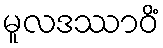
မူလဒဿာဝိံ